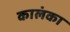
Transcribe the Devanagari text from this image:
कालंका